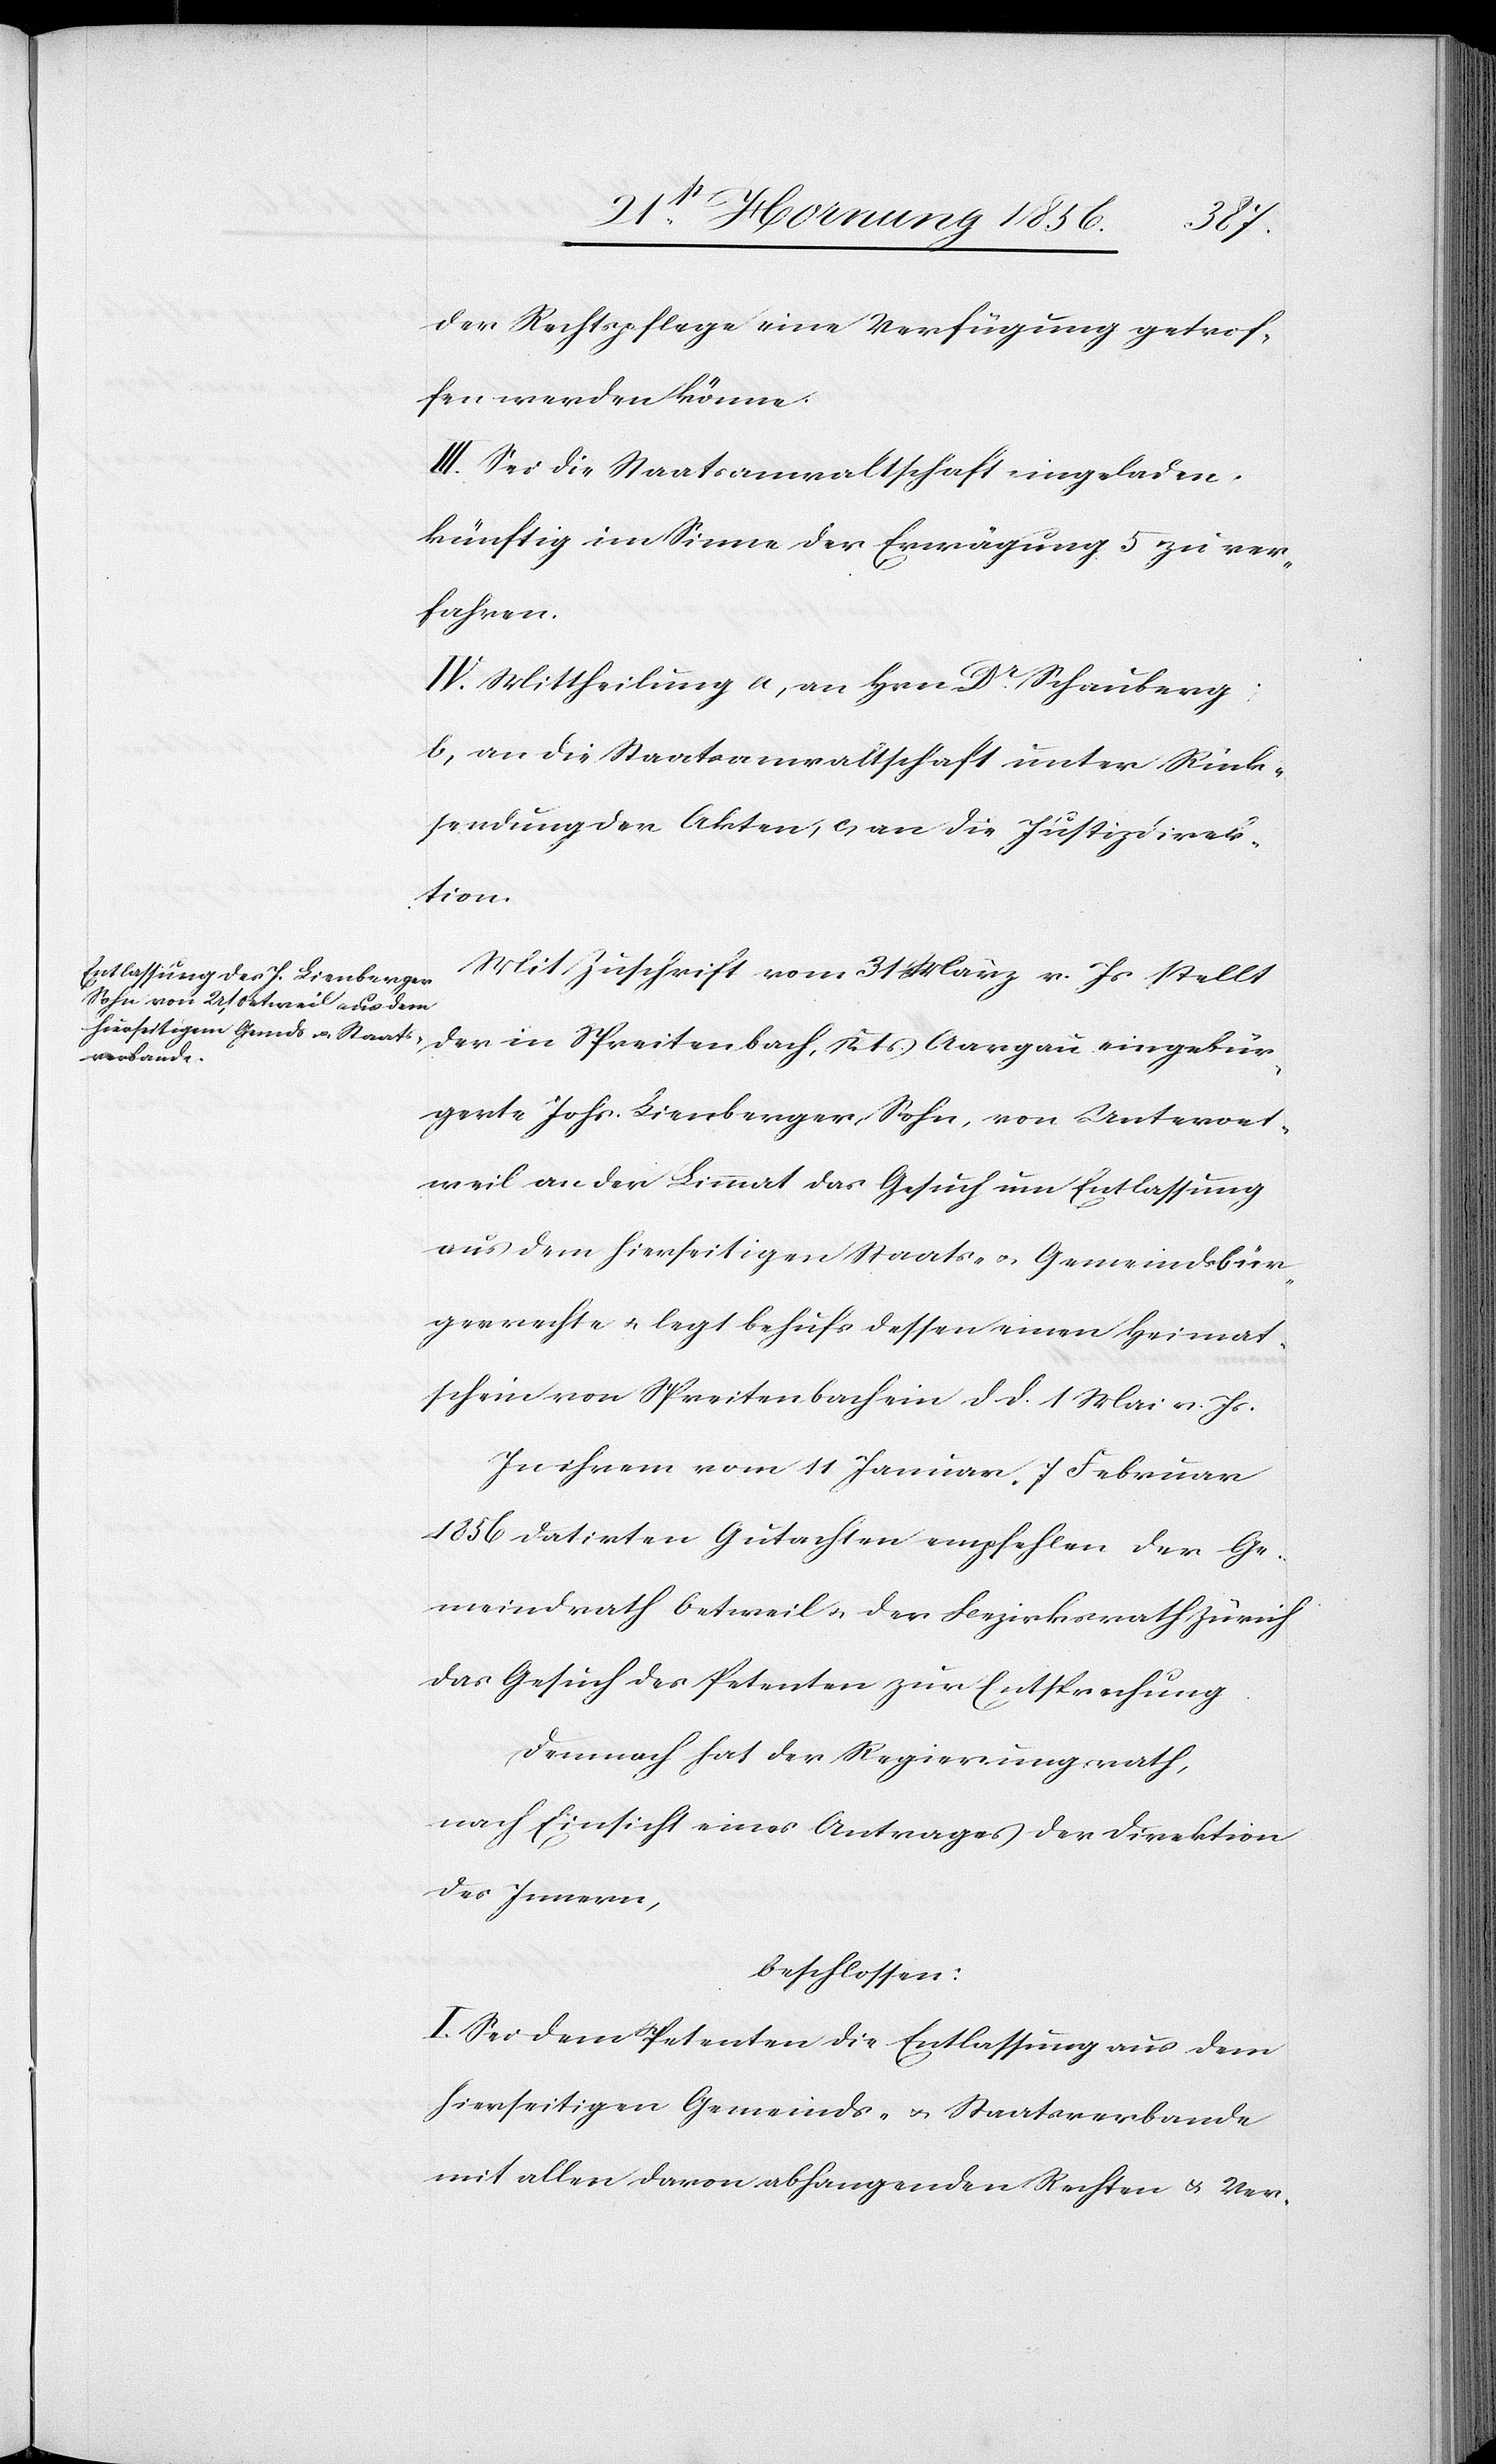
der Rechtspflege eine Verfügung getrof¬
fen werden könne.
III. Sei die Staatsanwaltschaft eingeladen,
künftig im Sinne der Erwägung 5 zu ver¬
fahren.
IV. Mittheilung a, an Hrn Dr Schauberg;
b, an die Staatsanwaltschaft unter Rück¬
sendung der Akten, c, an die Justizdirek¬
tion.
Mit Zuschrift vom 31 März v. Js stellt
eingebür¬
gerte Johs. Lienberger, Sohn, von Unteroet¬
weil an der Limmat das Gesuch um Entlassung
aus dem hierseitigen Staats- u. Gemeindsbür¬
gerrechte u. legt behufs dessen einen Heimat¬
schein von Spreitenbach ein d. d. 1 Mai v. Js.
In ihrem vom 11 Januar, 7 Februar
1856 datirten Gutachten empfehlen der Ge¬
meindrath Oetweil u. der Bezirksrath Zürich
das Gesuch des Petenten zur Entsprechung.
Demnach hat der Regierungsrath,
nach Einsicht eines Antrages der Direktion
des Innern,
beschlossen:
I. Sei dem Petenten die Entlassung aus dem
hierseitigen Gemeinds- u. Staatsverbande
mit allen davon abhangenden Rechten u. Ver-